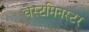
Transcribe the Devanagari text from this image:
वैस्टमिनस्टर